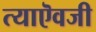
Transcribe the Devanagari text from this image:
त्याऎवजी